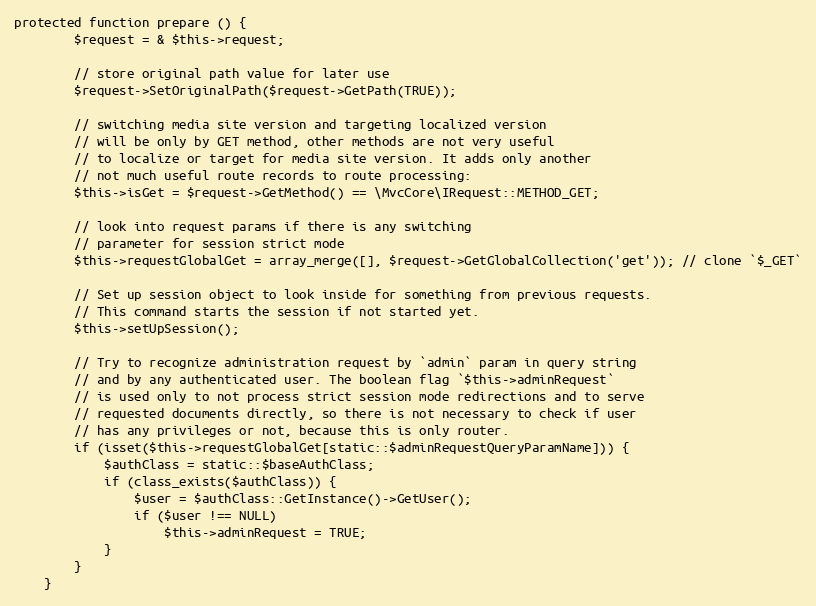
Language: PHP
protected function prepare () {
		$request = & $this->request;

		// store original path value for later use
		$request->SetOriginalPath($request->GetPath(TRUE));

		// switching media site version and targeting localized version
		// will be only by GET method, other methods are not very useful
		// to localize or target for media site version. It adds only another
		// not much useful route records to route processing:
		$this->isGet = $request->GetMethod() == \MvcCore\IRequest::METHOD_GET;

		// look into request params if there is any switching
		// parameter for session strict mode
		$this->requestGlobalGet = array_merge([], $request->GetGlobalCollection('get')); // clone `$_GET`

		// Set up session object to look inside for something from previous requests.
		// This command starts the session if not started yet.
		$this->setUpSession();

		// Try to recognize administration request by `admin` param in query string
		// and by any authenticated user. The boolean flag `$this->adminRequest`
		// is used only to not process strict session mode redirections and to serve
		// requested documents directly, so there is not necessary to check if user
		// has any privileges or not, because this is only router.
		if (isset($this->requestGlobalGet[static::$adminRequestQueryParamName])) {
			$authClass = static::$baseAuthClass;
			if (class_exists($authClass)) {
				$user = $authClass::GetInstance()->GetUser();
				if ($user !== NULL)
					$this->adminRequest = TRUE;
			}
		}
	}